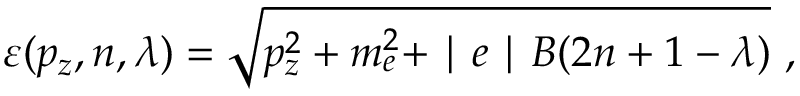
\varepsilon ( p _ { z } , n , \lambda ) = \sqrt { p _ { z } ^ { 2 } + m _ { e } ^ { 2 } + \mid e \mid B ( 2 n + 1 - \lambda ) } ~ ,